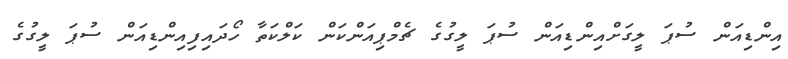
އިންޑިއަން ސުޕަ ލީގަށްއިންޑިއަން ސުޕަ ލީގުގެ ޗެމްޕިއަންކަން ކަލްކަތާ ހޯދައިފިއިންޑިއަން ސުޕަ ލީގުގެ